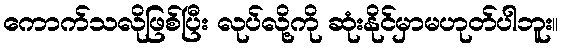
ကောက်သလိုဖြစ်ပြီး လုပ်လို့ကို ဆုံးနိုင်မှာမဟုတ်ပါဘူး။